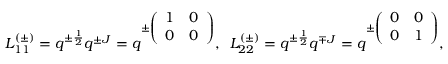
L _ { 1 1 } ^ { ( \pm ) } = q ^ { \pm \frac { 1 } { 2 } } q ^ { \pm J } = q ^ { \pm \left( \begin{array} { c c } { { 1 } } & { { 0 } } \\ { { 0 } } & { { 0 } } \end{array} \right) } , \; \; L _ { 2 2 } ^ { ( \pm ) } = q ^ { \pm \frac { 1 } { 2 } } q ^ { \mp J } = q ^ { \pm \left( \begin{array} { c c } { { 0 } } & { { 0 } } \\ { { 0 } } & { { 1 } } \end{array} \right) } , \; \;